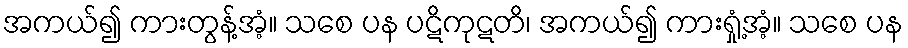
အကယ်၍ ကားတွန့်အံ့။ သစေ ပန ပဋိကုဋတိ၊ အကယ်၍ ကားရှုံ့အံ့။ သစေ ပန